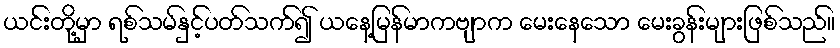
ယင်းတို့မှာ ရစ်သမ်နှင့်ပတ်သက်၍ ယနေ့မြန်မာကဗျာက မေးနေသော မေးခွန်းများဖြစ်သည်။